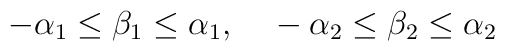
-\alpha _1 \leq \beta_1 \leq \alpha _1,~~~-\alpha _2 \leq \beta_2 \leq \alpha _2